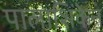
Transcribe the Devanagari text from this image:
पालाशिंकेन